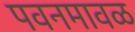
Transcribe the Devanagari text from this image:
पवनमावळ